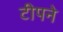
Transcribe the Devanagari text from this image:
टीपने